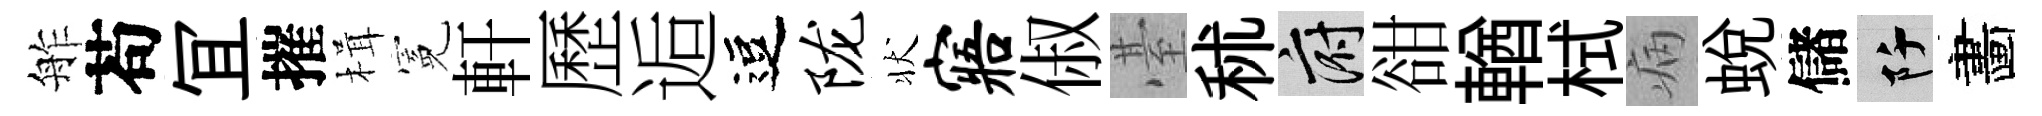
舴苟冝摧楫冕軒歷逅逗陇状寤俶䑓秫府𧮳輶栻病蜕儲阡畵